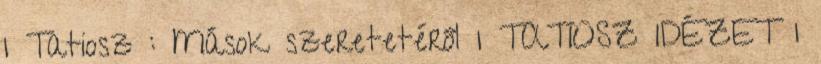
1 Tatiosz : Mások szeretetéről 1 TATIOSZ IDÉZET 1